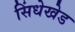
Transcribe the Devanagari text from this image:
सिंधेखेड